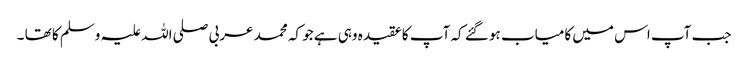
جب آپ اس میں کامیاب ہو گئے کہ آپ کا عقیدہ وہی ہے جو کہ محمد عربی صلی اللہ علیہ وسلم کا تھا ۔